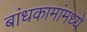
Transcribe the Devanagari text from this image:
बांधकामांमध्ये